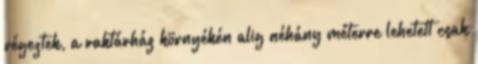
végeztek, a raktárház környékén alig néhány méterre lehetett csak